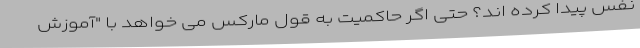
نفس پیدا کرده اند؟ حتی اگر حاکمیت به قول مارکس می خواهد با "آموزش